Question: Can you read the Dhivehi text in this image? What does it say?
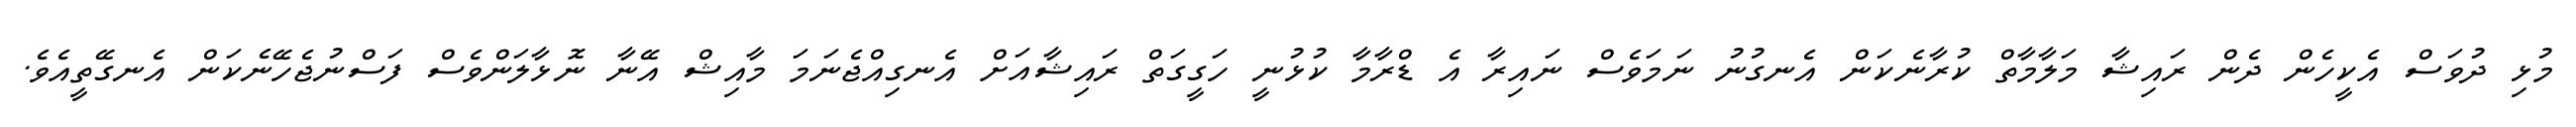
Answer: މުޅި ދުވަސް އެކީހެން ދެން ރައިޝާ މަލާމާތް ކުރާނެކަން އެނގުނު ނަމަވެސް ނައިރާ އެ ޑްރާމާ ކުޅުނީ ހަގީގަތް ރައިޝާއަށް އެނގިއްޖެނަމަ މާއިޝް އޭނާ ނޮޅާލަންވެސް ފަސްނުޖެހޭނެކަން އެނގޭތީއެވެ.